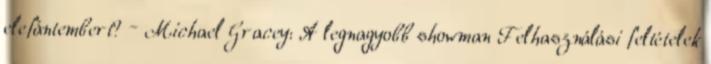
elefántembert? – Michael Gracey: A legnagyobb showman Felhasználási feltételek